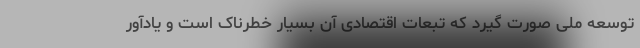
توسعه ملی صورت گیرد که تبعات اقتصادی آن بسیار خطرناک است و یادآور